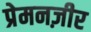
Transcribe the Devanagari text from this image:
प्रेमनज़ीर